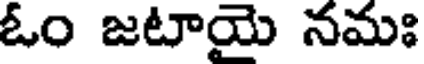
ఓం జటాయె నమః